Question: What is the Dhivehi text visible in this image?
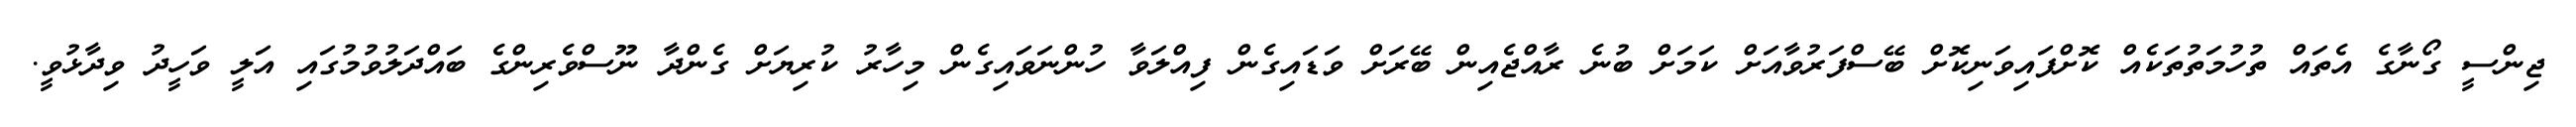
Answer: ޖިންސީ ގޯނާގެ އެތައް ތުހުމަތުތަކެއް ކޮށްފައިވަނިކޮށް ބޭސްފަރުވާއަށް ކަމަށް ބުނެ ރާއްޖެއިން ބޭރަށް ވަޑައިގެން ފިއްލަވާ ހުންނަވައިގެން މިހާރު ކުރިޔަށް ގެންދާ ނޫސްވެރިންގެ ބައްދަލުވުމުގައި އަލީ ވަހީދު ވިދާޅުވީ.